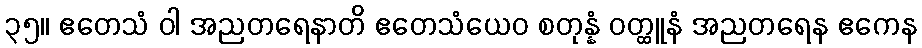
၃၅။ ဧတေသံ ဝါ အညတရေနာတိ ဧတေသံယေဝ စတုန္နံ ဝတ္ထူနံ အညတရေန ဧကေန